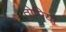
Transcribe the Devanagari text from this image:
तोमियो